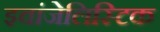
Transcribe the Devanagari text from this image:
इवांजेलिस्टिक